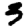
Digit: 3